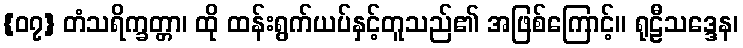
{၀၇} တံသရိက္ခတ္တာ၊ ထို ထန်းရွက်ယပ်နှင့်တူသည်၏ အဖြစ်ကြောင့်။ ရုဠီသဒ္ဒေန၊